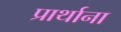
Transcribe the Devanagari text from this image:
प्रार्थाना